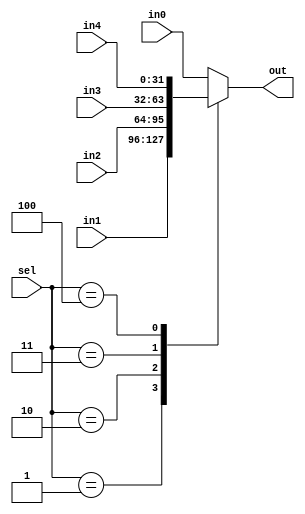
`timescale 1ns / 1ps
//////////////////////////////////////////////////////////////////////////////////
// Company: 
// Engineer: 
// 
// Design Name: 
// Module Name: alu
// Project Name: 
// Target Devices: 
// Tool Versions: 
// Description: 
// 
// Dependencies: 
// 
// Revision:
// Revision 0.01 - File Created
// Additional Comments:
// 
//////////////////////////////////////////////////////////////////////////////////


module mux_5x1(out, in0 , in1, in2 , in3 , in4, sel);
    parameter Mbit=32;
    output reg [Mbit-1:0] out;
    input [Mbit-1:0] in0 , in1 ,in2 , in3 , in4;
    input [2:0]sel;
    
    always @(in0,in1,sel)
    begin
        case(sel)
        3'b000:out<=in0;
        3'b001:out<=in1;
        3'b010:out<=in2;
        3'b011:out<=in3;
        3'b100:out<=in4;
        default:out<=in0;
        endcase
    end
endmodule